Annual statistical returns and brief notes on vaccination in Bengal - 1887-1898
Year: 1887
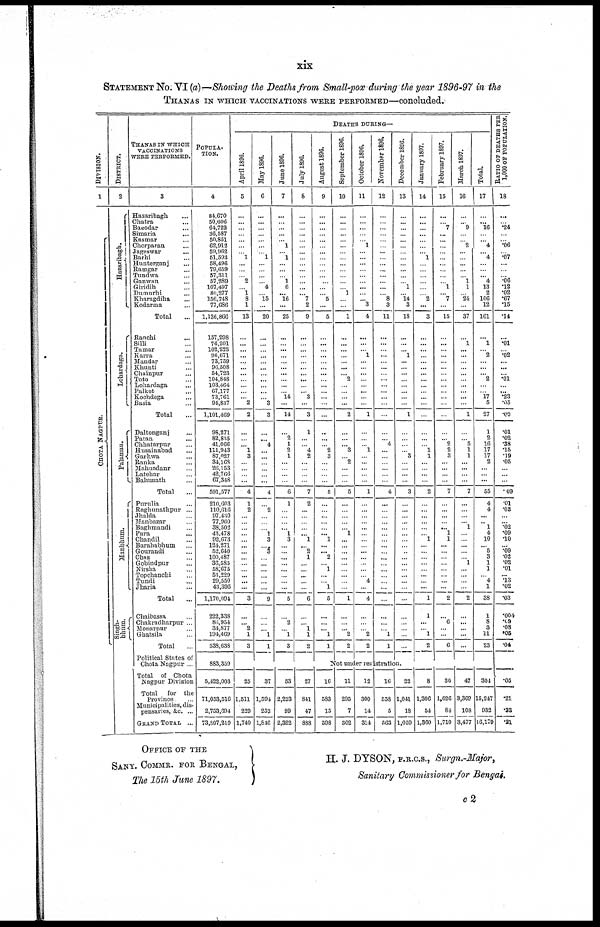
xix
STATEMENT NO. VI (a)—Showing the Deaths from Small-pox during the year 1896-97 in the
THANAS IN WHICH VACCINATIONS WERE PERFORMED—concluded.
DIVISION.
1
CHOTA NAGPUR.
DISTRICT.
2
Hazaribagh.
Lohardaga.
Palamau.
Manbhum.
Singh-
bhum.
THANAS IN WHICH
VACCINATIONS
WERE PERFORMED.
3
Hazaribagh ...
Chatra ...
Bagodar ...
Simaria ...
Kasmar ...
Chorparan ...
Jageswar ...
Barhi ...
Hunterganj ...
Ramgar ...
Tundwa ...
Ganwan ...
Giridih ...
Dumurhi ...
Kharagdiha ...
Kodarma ...
Total ...
Ranchi ...
Silli ...
Tamar ...
Karra ...
Mandar ...
Khunti ...
Chainpur ...
Toto ...
Lohardaga ...
Palkot ...
Kochdega ...
Basia ...
Total ...
Daltonganj ...
Patan ...
Chhatarpur ...
Husainabad ...
Garhwa ...
Ranka ...
Mahuadanr ...
Latehar ...
Balumath ...
Total ...
Purulia ...
Raghunathpur ...
Jhalda ...
Manbazar ...
Baghmandi ...
Para ...
Chandil ...
Barahabhum ...
Gourandi ...
Chas ...
Gobindpur ...
Nirsha ...
Topchanchi ...
Tundi ...
Jharia ...
Total ...
Chaibassa ...
Chakradharpur ...
Monarpur ...
Ghatsila ...
Total ...
Political States of
Chota Nagpur ...
Total of Chota
Nagpur Division
Total for the
Province ...
Municipalities, dis-
pensaries, &c. ...
GRAND TOTAL ...
POPULA-
----.
4
84,670
50,606
64,722
36,587
50,851
62,912
59,962
51,593
58,496
79,659
57,311
57,289
107,497
80,277
156,748
77,686
1,136,866
157,298
76,201
102,232
96,671
73,759
96,508
54,723
104,848
103,464
67,177
73,761
94,837
1,101,469
98,271
82,835
41,066
111,943
87,027
34,168
26,153
42,766
67,348
591,577
210,603
110,616
97,430
77,960
38,502
43,478
92,673
124,271
52,640
100,487
36,585
58,675
53,229
29,550
43,395
1,170,094
222,338
86,954
34,877
194,469
538,638
883,359
5,422,003
71,053,516
2,753,694
73,807,210
DEATHS DURING—
April 1896.
5
...
...
...
...
...
...
...
1
...
...
...
2
...
1
8
1
13
...
...
...
...
...
...
...
...
...
...
...
2
2
...
...
...
1
3
...
...
...
...
4
1
2
...
...
...
...
...
...
...
...
...
...
...
...
...
3
...
...
2
1
3
May 1896.
6
...
...
...
...
...
...
...
1
...
...
...
... 4
...
15
...
20
...
...
...
...
...
...
...
...
...
...
...
3
3
...
...
4
...
...
...
...
...
...
4
...
2
...
...
...
1
3
...
3
...
...
...
...
...
...
9
...
...
...
1
1
June 1896.
7
...
...
...
...
... 1
... 1
...
...
...
1
6
... 16
...
25
...
...
...
...
...
...
...
...
...
...
14
...
14
...
2
1
2
1
...
...
...
...
6
1
...
...
...
... 1
3
...
...
... ...
...
...
...
...
5
...
2
...
1
3
July 1896.
8
...
...
...
...
...
...
...
...
...
...
...
...
...
... 7
2
9
...
...
...
...
...
...
...
...
...
... 3
...
3
1
...
... 4
2
...
...
...
...
7
2
...
...
...
...
...
1
... 2
1
...
...
...
...
...
6
...
...
1
1
2
August 1896.
9
...
...
...
...
...
...
...
...
...
...
...
...
...
...
5
...
5
...
...
...
...
...
...
...
...
...
...
...
...
...
...
...
...
2
3
...
...
...
...
5
...
...
...
...
...
... 1
...
... 2
...
1
...
...
1
5
...
...
...
1
1
September 1896.
10
...
...
...
...
...
...
...
...
...
...
...
...
...
1
...
...
1
...
...
...
...
...
...
... 2
...
...
...
...
2
...
...
... 3
...
2
...
...
...
5
...
...
...
...
... 1
...
...
...
...
...
...
...
...
...
1
...
...
...
2
2
October 1896.
11
...
...
...
...
...
1
...
...
...
...
...
...
...
...
... 3
4
...
...
...
1
...
...
...
...
...
...
...
...
1
...
...
...
1
...
...
...
...
...
1
...
...
...
...
...
...
...
...
...
...
...
...
...
4
...
4
...
...
...
2
2
November 1896.
12
...
...
...
...
...
...
...
...
...
...
...
...
...
...
8
3
11
...
...
...
...
...
...
...
...
...
...
...
...
...
...
...
4
...
...
...
...
...
...
4
...
...
...
...
...
...
...
...
...
...
...
...
...
...
...
...
...
...
...
1
1
December 1896.
13
...
...
...
...
...
...
...
...
...
...
...
...
1
...
14
3
18
...
...
...
1
...
...
...
...
...
...
...
...
1
...
...
...
...
3
...
...
...
...
3
...
...
...
...
...
...
...
...
...
...
...
...
...
...
...
...
...
...
...
...
...
January 1897.
14
...
...
...
...
...
...
...
1
...
...
...
...
...
...
2
...
3
...
...
...
...
...
...
...
...
...
...
...
...
...
...
...
...
1
1
...
...
...
...
2
...
...
...
...
...
...
1
...
...
...
...
...
...
...
...
1
1
...
...
1
2
February 1897.
15
...
...
7
...
...
...
...
...
...
...
...
...
1
...
7
...
15
...
...
...
...
...
...
...
...
...
...
...
...
...
...
... 2
2
3
...
...
...
...
7
...
...
...
...
... 1
1
...
...
...
...
...
...
...
...
2
...
6
...
...
6
March 1897.
16
...
...
9
...
...
2
...
...
...
...
...
1
1
...
24
...
37
...
1
...
...
...
...
...
...
...
...
...
...
1
...
...
5
1
1
...
...
...
...
7
...
...
...
...
1
...
...
...
...
... 1
...
...
...
...
2
...
...
...
...
...
Total.
17
...
... 16
...
... 4
... 4
...
...
... 4
13
2
106
12
161
...
1
...
2
...
...
...
2
...
...
17
5
27
1
2
16
17
17
2
...
...
...
55
4
4
...
...
1
4
10
... 5
3
1
1
...
4
1
38
1
8
3
11
23
RATIO OF DEATHS PER
1,000 OF POPULATION.
18
...
...
.24
...
... .06
...
.07
...
...
...
.06
.12
.02
.67
.15
.14
...
.01
...
.02
...
...
...
.01
...
... .23
.05
.02
.01
.02
.38
.15
.19
.05
...
...
...
.09
.01
.03
...
...
.02
.09
.10
...
.09
.02
.02
.01
...
.13
.02
.03
.004
.09
.08
.05
.04
Not under registration.
25
1,511
229
1,740
37
1,594
252
1,846
53
2,223
99
2,322
27
841
47
888
16
583
15
598
11
295
7
302
12
300
14
314
16
558
5
563
22
1,041
18
1,059
8
1,306
54
1,360
30
1,626
84
1,710
47
3,369
108
3,477
304
15,247
932
16,179
.05
.21
.33
.21
OFFICE OF THE
SANY. COMMR. FOR BENGAL,
The 15th June 1897.
H. J. DYSON, F.R.C.S., Surgn.-Major,
Sanitary Commissioner for Bengal.
c2